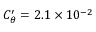
C _ { \theta } ^ { \prime } = 2 . 1 \times 1 0 ^ { - 2 }